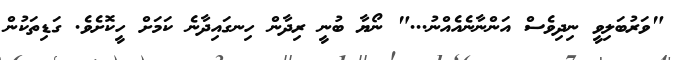
"ވަރުބަލިވީ ނިދިވެސް އަންނާނެއެއްނު..." ނޯޔާ ބުނީ ރިދާން ހިނގައިދާނެ ކަމަށް ހީކޮށެވެ. ގަޑިތަކުން